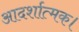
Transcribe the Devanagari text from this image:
आदर्शात्मक।